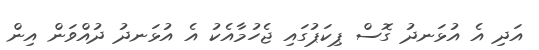
އަދި އެ އުޅަނދު ގޮސް ޕިކަޕުގައި ޖެހުމާއެކު އެ އުޅަނދު ދުއްވަން އިން